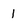
Character: 1